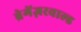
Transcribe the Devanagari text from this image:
ब्रेगेंज़रवाल्ड